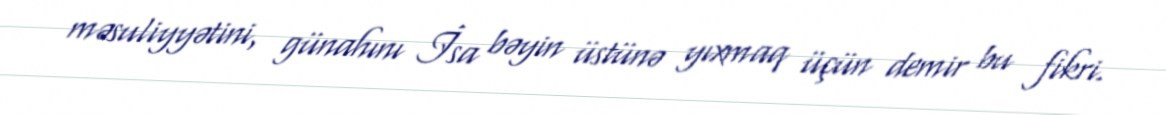
məsuliyyətini, günahını İsa bəyin üstünə yıxmaq üçün demir bu fikri.